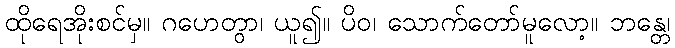
ထိုရေအိုးစင်မှ။ ဂဟေတွာ၊ ယူ၍။ ပိဝ၊ သောက်တော်မူလော့။ ဘန္တေ၊